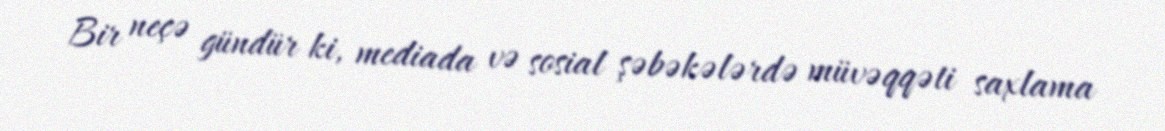
Bir neçə gündür ki, mediada və sosial şəbəkələrdə müvəqqəti saxlama